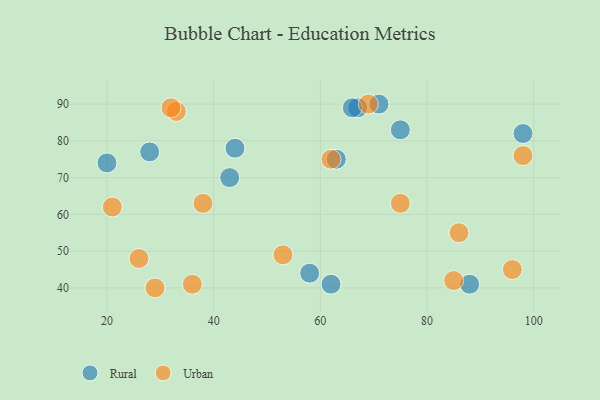
{"axis": {"x": "GDP", "y": "Life Expectancy"}, "legend": ["Rural", "Urban"], "data": [{"x": "43", "y": 70, "type": "Rural"}, {"x": "63", "y": 75, "type": "Rural"}, {"x": "28", "y": 77, "type": "Rural"}, {"x": "88", "y": 41, "type": "Rural"}, {"x": "98", "y": 82, "type": "Rural"}, {"x": "67", "y": 89, "type": "Rural"}, {"x": "58", "y": 44, "type": "Rural"}, {"x": "44", "y": 78, "type": "Rural"}, {"x": "66", "y": 89, "type": "Rural"}, {"x": "20", "y": 74, "type": "Rural"}, {"x": "71", "y": 90, "type": "Rural"}, {"x": "75", "y": 83, "type": "Rural"}, {"x": "62", "y": 41, "type": "Rural"}, {"x": "33", "y": 88, "type": "Urban"}, {"x": "32", "y": 89, "type": "Urban"}, {"x": "53", "y": 49, "type": "Urban"}, {"x": "26", "y": 48, "type": "Urban"}, {"x": "96", "y": 45, "type": "Urban"}, {"x": "36", "y": 41, "type": "Urban"}, {"x": "86", "y": 55, "type": "Urban"}, {"x": "62", "y": 75, "type": "Urban"}, {"x": "85", "y": 42, "type": "Urban"}, {"x": "98", "y": 76, "type": "Urban"}, {"x": "29", "y": 40, "type": "Urban"}, {"x": "69", "y": 90, "type": "Urban"}, {"x": "75", "y": 63, "type": "Urban"}, {"x": "21", "y": 62, "type": "Urban"}, {"x": "38", "y": 63, "type": "Urban"}]}